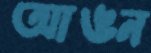
আঙন